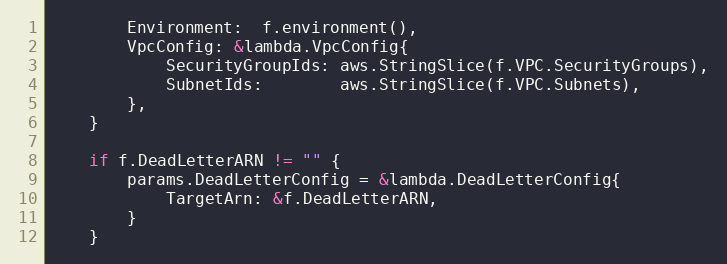
Language: Go
		Environment:  f.environment(),
		VpcConfig: &lambda.VpcConfig{
			SecurityGroupIds: aws.StringSlice(f.VPC.SecurityGroups),
			SubnetIds:        aws.StringSlice(f.VPC.Subnets),
		},
	}

	if f.DeadLetterARN != "" {
		params.DeadLetterConfig = &lambda.DeadLetterConfig{
			TargetArn: &f.DeadLetterARN,
		}
	}